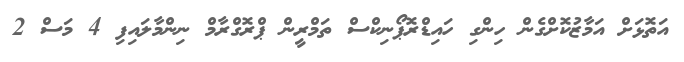
އަތޮޅަށް އަމާޒުކޮށްގެން ހިންގި ހައިޑްރޮޕޯނިކްސް ތަމްރީން ޕްރޮގްރާމް ނިންމާލައިފި 4 މަސް 2